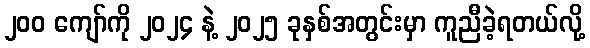
၂၀၀ ကျော်ကို ၂၀၂၄ နဲ့ ၂၀၂၅ ခုနှစ်အတွင်းမှာ ကူညီခဲ့ရတယ်လို့